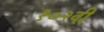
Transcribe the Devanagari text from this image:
१०२वी